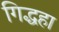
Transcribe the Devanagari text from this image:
गिद्धहा